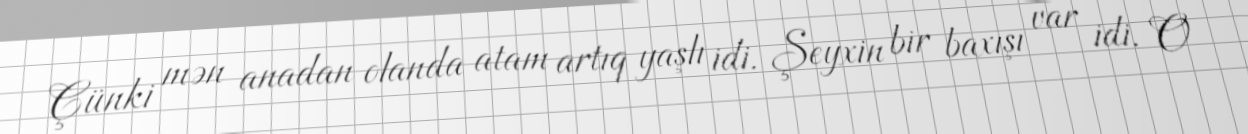
Çünki mən anadan olanda atam artıq yaşlı idi. Şeyxin bir baxışı var idi. O